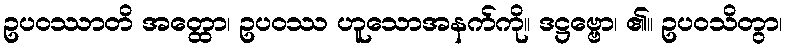
ဥပဝဿာတိ အတ္ထော၊ ဥပဝဿ ဟူသောအနက်ကို။ ဒဋ္ဌဗ္ဗော၊ ၏။ ဥပဝသိတွာ၊